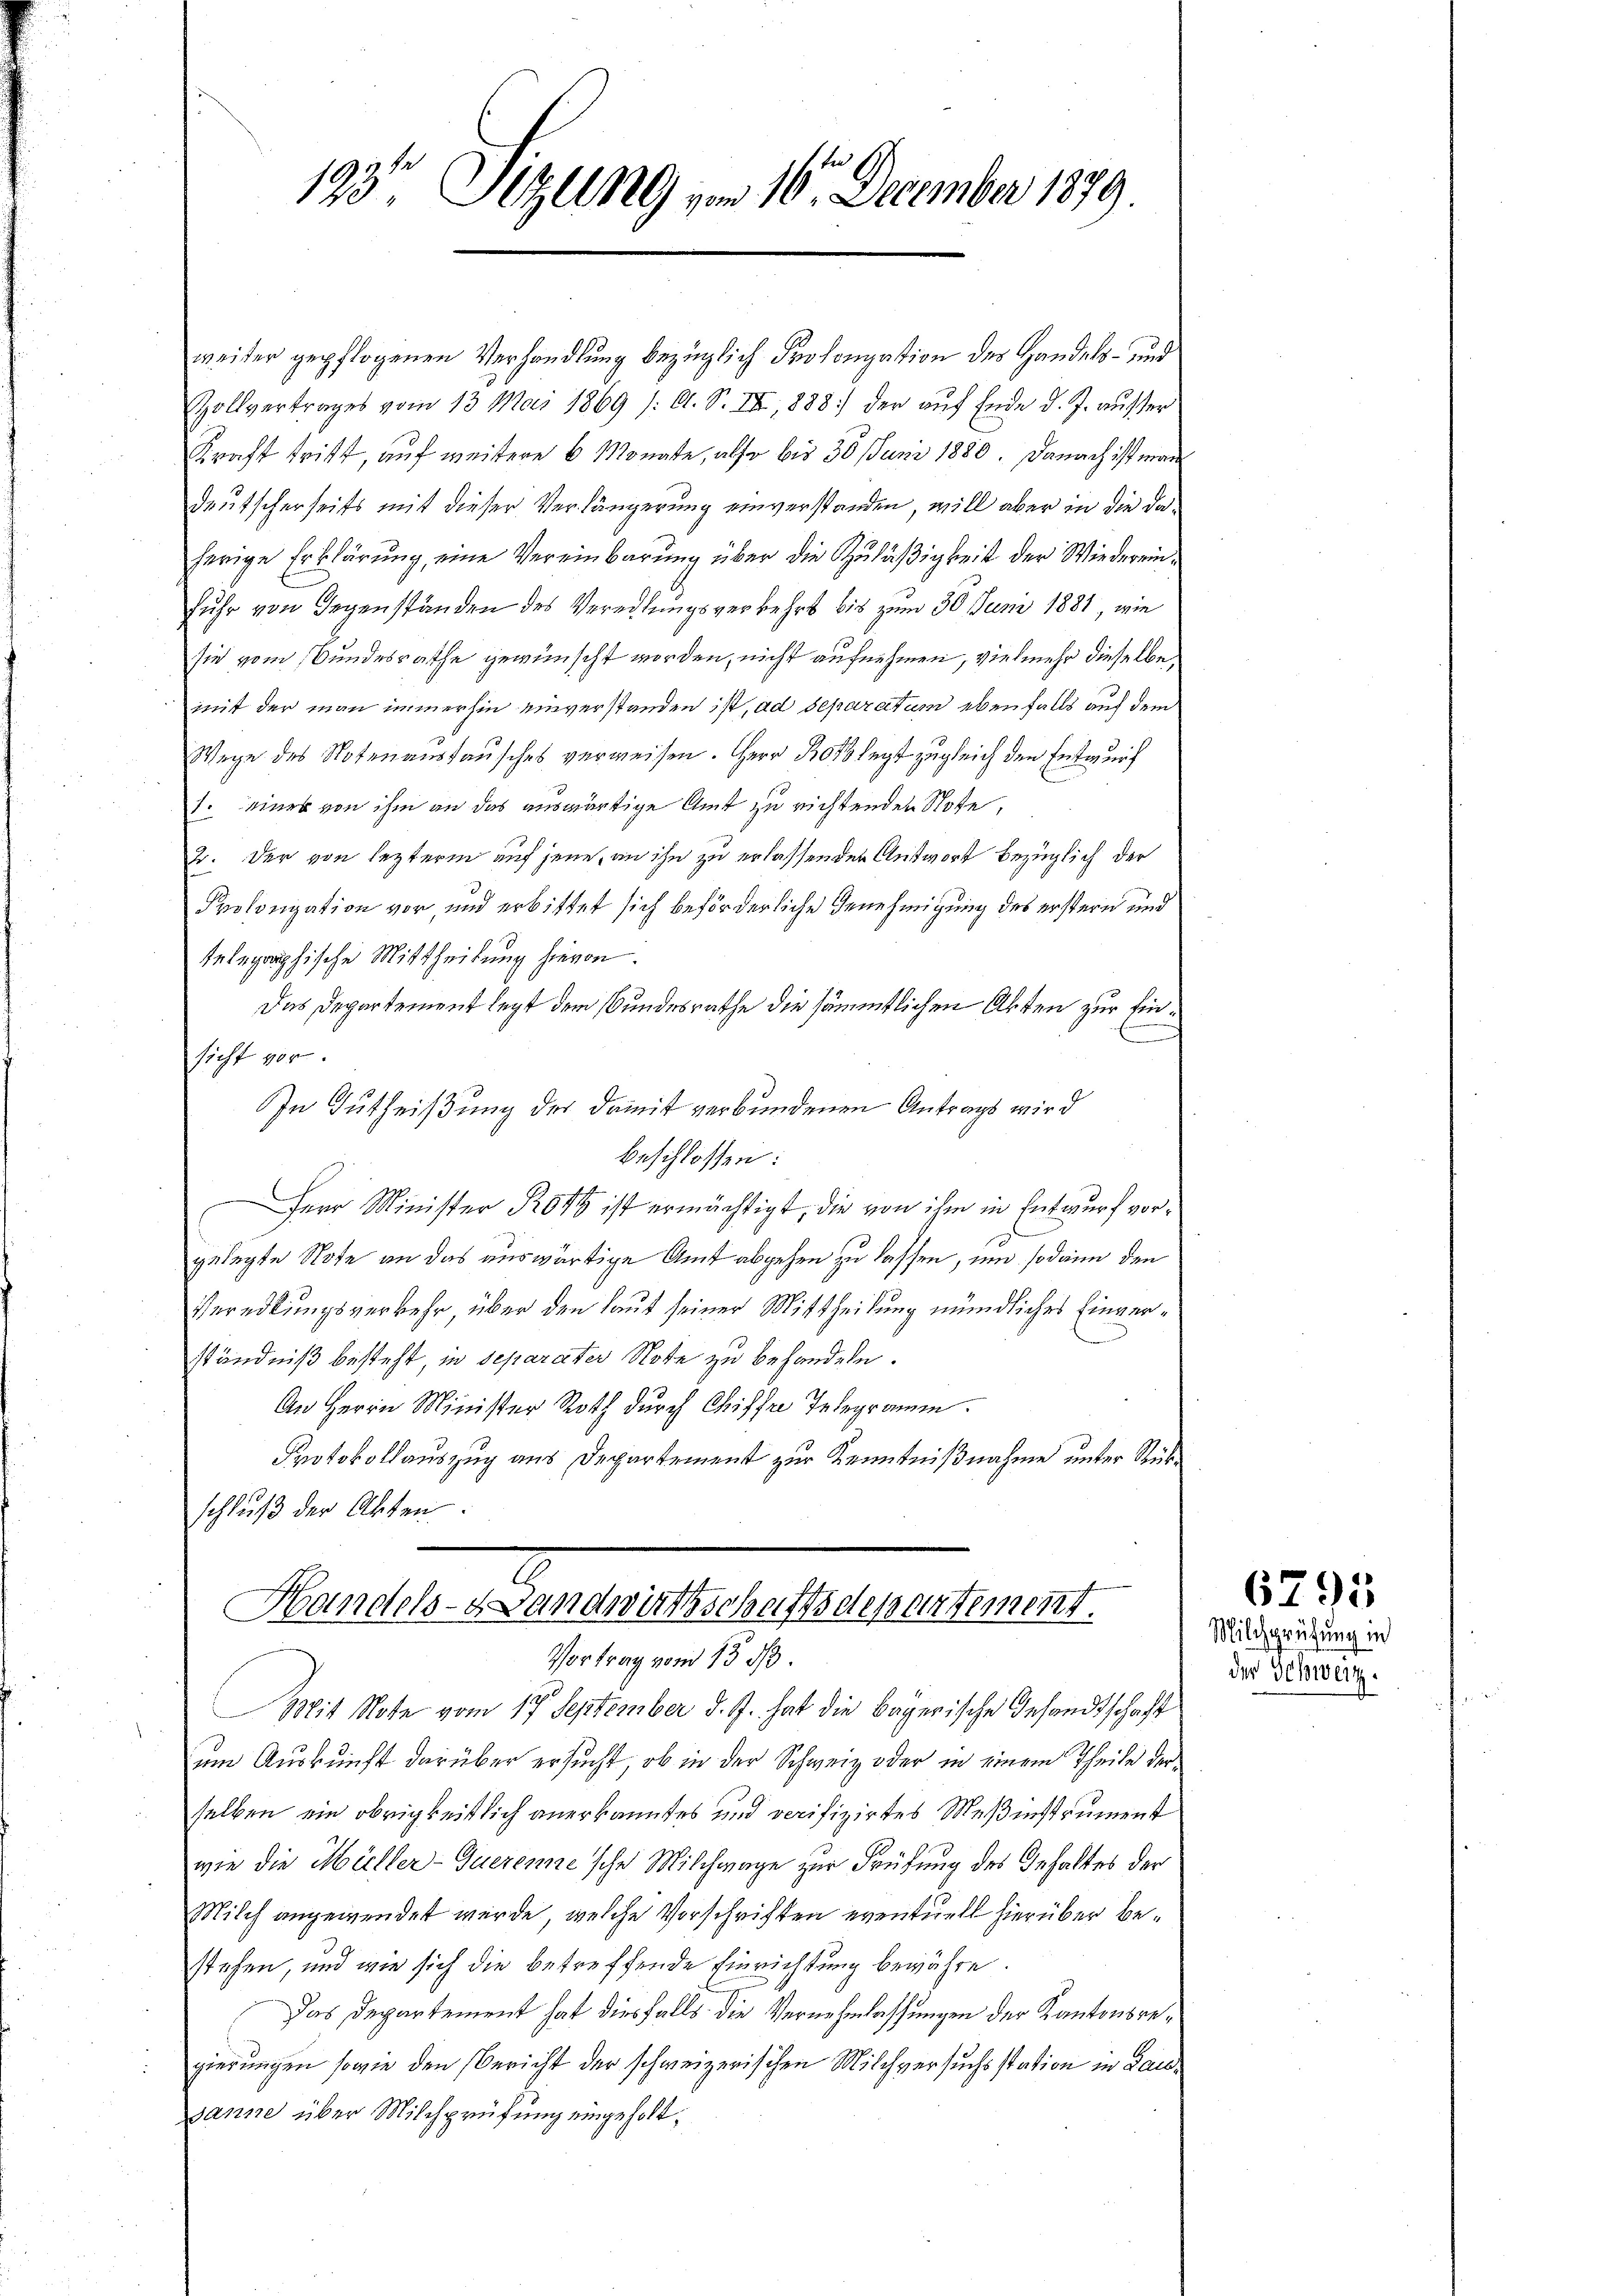
123t Setzung vom 16. December 1879.

weiter gepflogenen Verhandlung bezüglich Prolongation des Handels- und
Zollvertrages vom 13. Mai 1869 (O. S. III, 1888 der aŭf Ende d. J. ausser
Kraft tritt, auf weitere 6 Monate, also bis 30 Juni 1880. Danach ist man
deutscherseits mit dieser Verlängerung einverstanden, will aber in die daherige Erklärung, eine Vereinbarung über die Zuläßigkeit der Wiedereinfuhr von Gegenständen des Veredlungsverkehrt bis zum 30 Juni 1881, wie
sie vom Bundesrathe gewünscht worden, nicht aufnehmen, vielmehr dieselbe
mit der man immerhin einverstanden ist, ad separatum ebenfalls auf dem
Wege des Notenanstausches verweisen. Herr Bot legt zugleich den Entwurf
1. einer von ihm an das auswärtige Amt zu richtenden Stofe,
2. Der von lezterm auf jene, an ihn zu erlassenden Antwort bezüglich der
Prolongation vor, und erbittet sich beförderliche Genehmigung des erstern und
telegraphische Mittheilung hievon.
Das Departement legt dem Bundesrathe die sämmtlichen Akten zur Ein¬
.
sicht vor.
In Gutheißung der damit verbundenen Antrags wird
beschlossen:
Herr Minister 849 ist ermächtigt, die von ihm in Entwurf vorgelegte Note an das auswärtige Amt abgehen zu lassen, um sodann den
Veredlungsverkehr, über den laut seiner Mittheilung mündliches Einverständniß besteht, in separater Note zu behandeln.
An Herrn Minister Roth durch Chiffer Telegramm.
Protokollauszug aus Departement zur Kenntnißnahme unter Rükschluß der Akten.

Handels- & Landwirthschaftsdepartement.
Vortrag vom 13. ds.
Mit Note vom 17. September d. J. hat die bayerische Gesandtschaft

um Auskunft darüber ersucht, ob in der Schweiz oder in einem Theile der
selben ein obrigkeitlich anerkanntes und verifizirtes Meßinstrument
wie die Müller-Gueremie sche Milchwage zur Prüfung des Gehaltes der
Milch angewendet werde, welche Vorschriften eventuell hierüber bestehen, und wie sich die betreffende Einrichtung bewähre.
Das Departement hat diesfalls die Vernehmlassungen der Kantonsregierungen sowie den Bericht der schweizerischen Milchversuchsstation in Lausanne über Milchprüfung eingeholt,

6795

Milchprüfung in
der Schweiz.